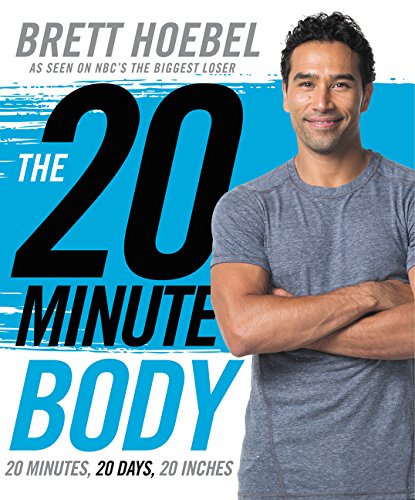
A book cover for The 20-Minute Body: 20 Minutes, 20 Days, 20 Inches; Brett Hoebel; Health, Fitness & Dieting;